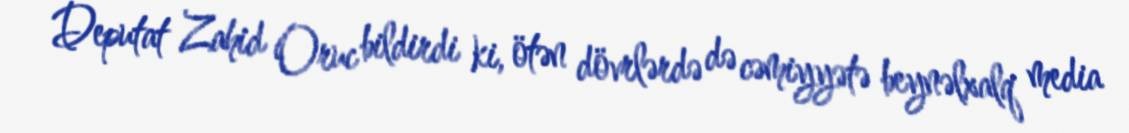
Deputat Zahid Oruc bildirdi ki, ötən dövrlərdə də cəmiyyətə beynəlxalq media